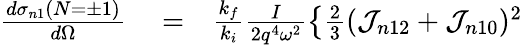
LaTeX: \begin{array}{rlr}{\frac{d{\sigma}_{n1}(N=\pm 1)}{d\Omega}}&{{}=}&{\frac{k_{f}}{k_{i}}\frac{I}{2q^{4}\omega^{2}}\left\{ \frac{2}{3}({\cal J}_{n12}+{\cal J}_{n10})^{2}\right.}\end{array}